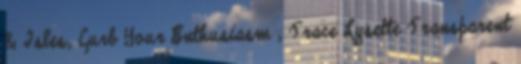
& Isles, Curb Your Enthusiasm , Trace Lysette Transparent